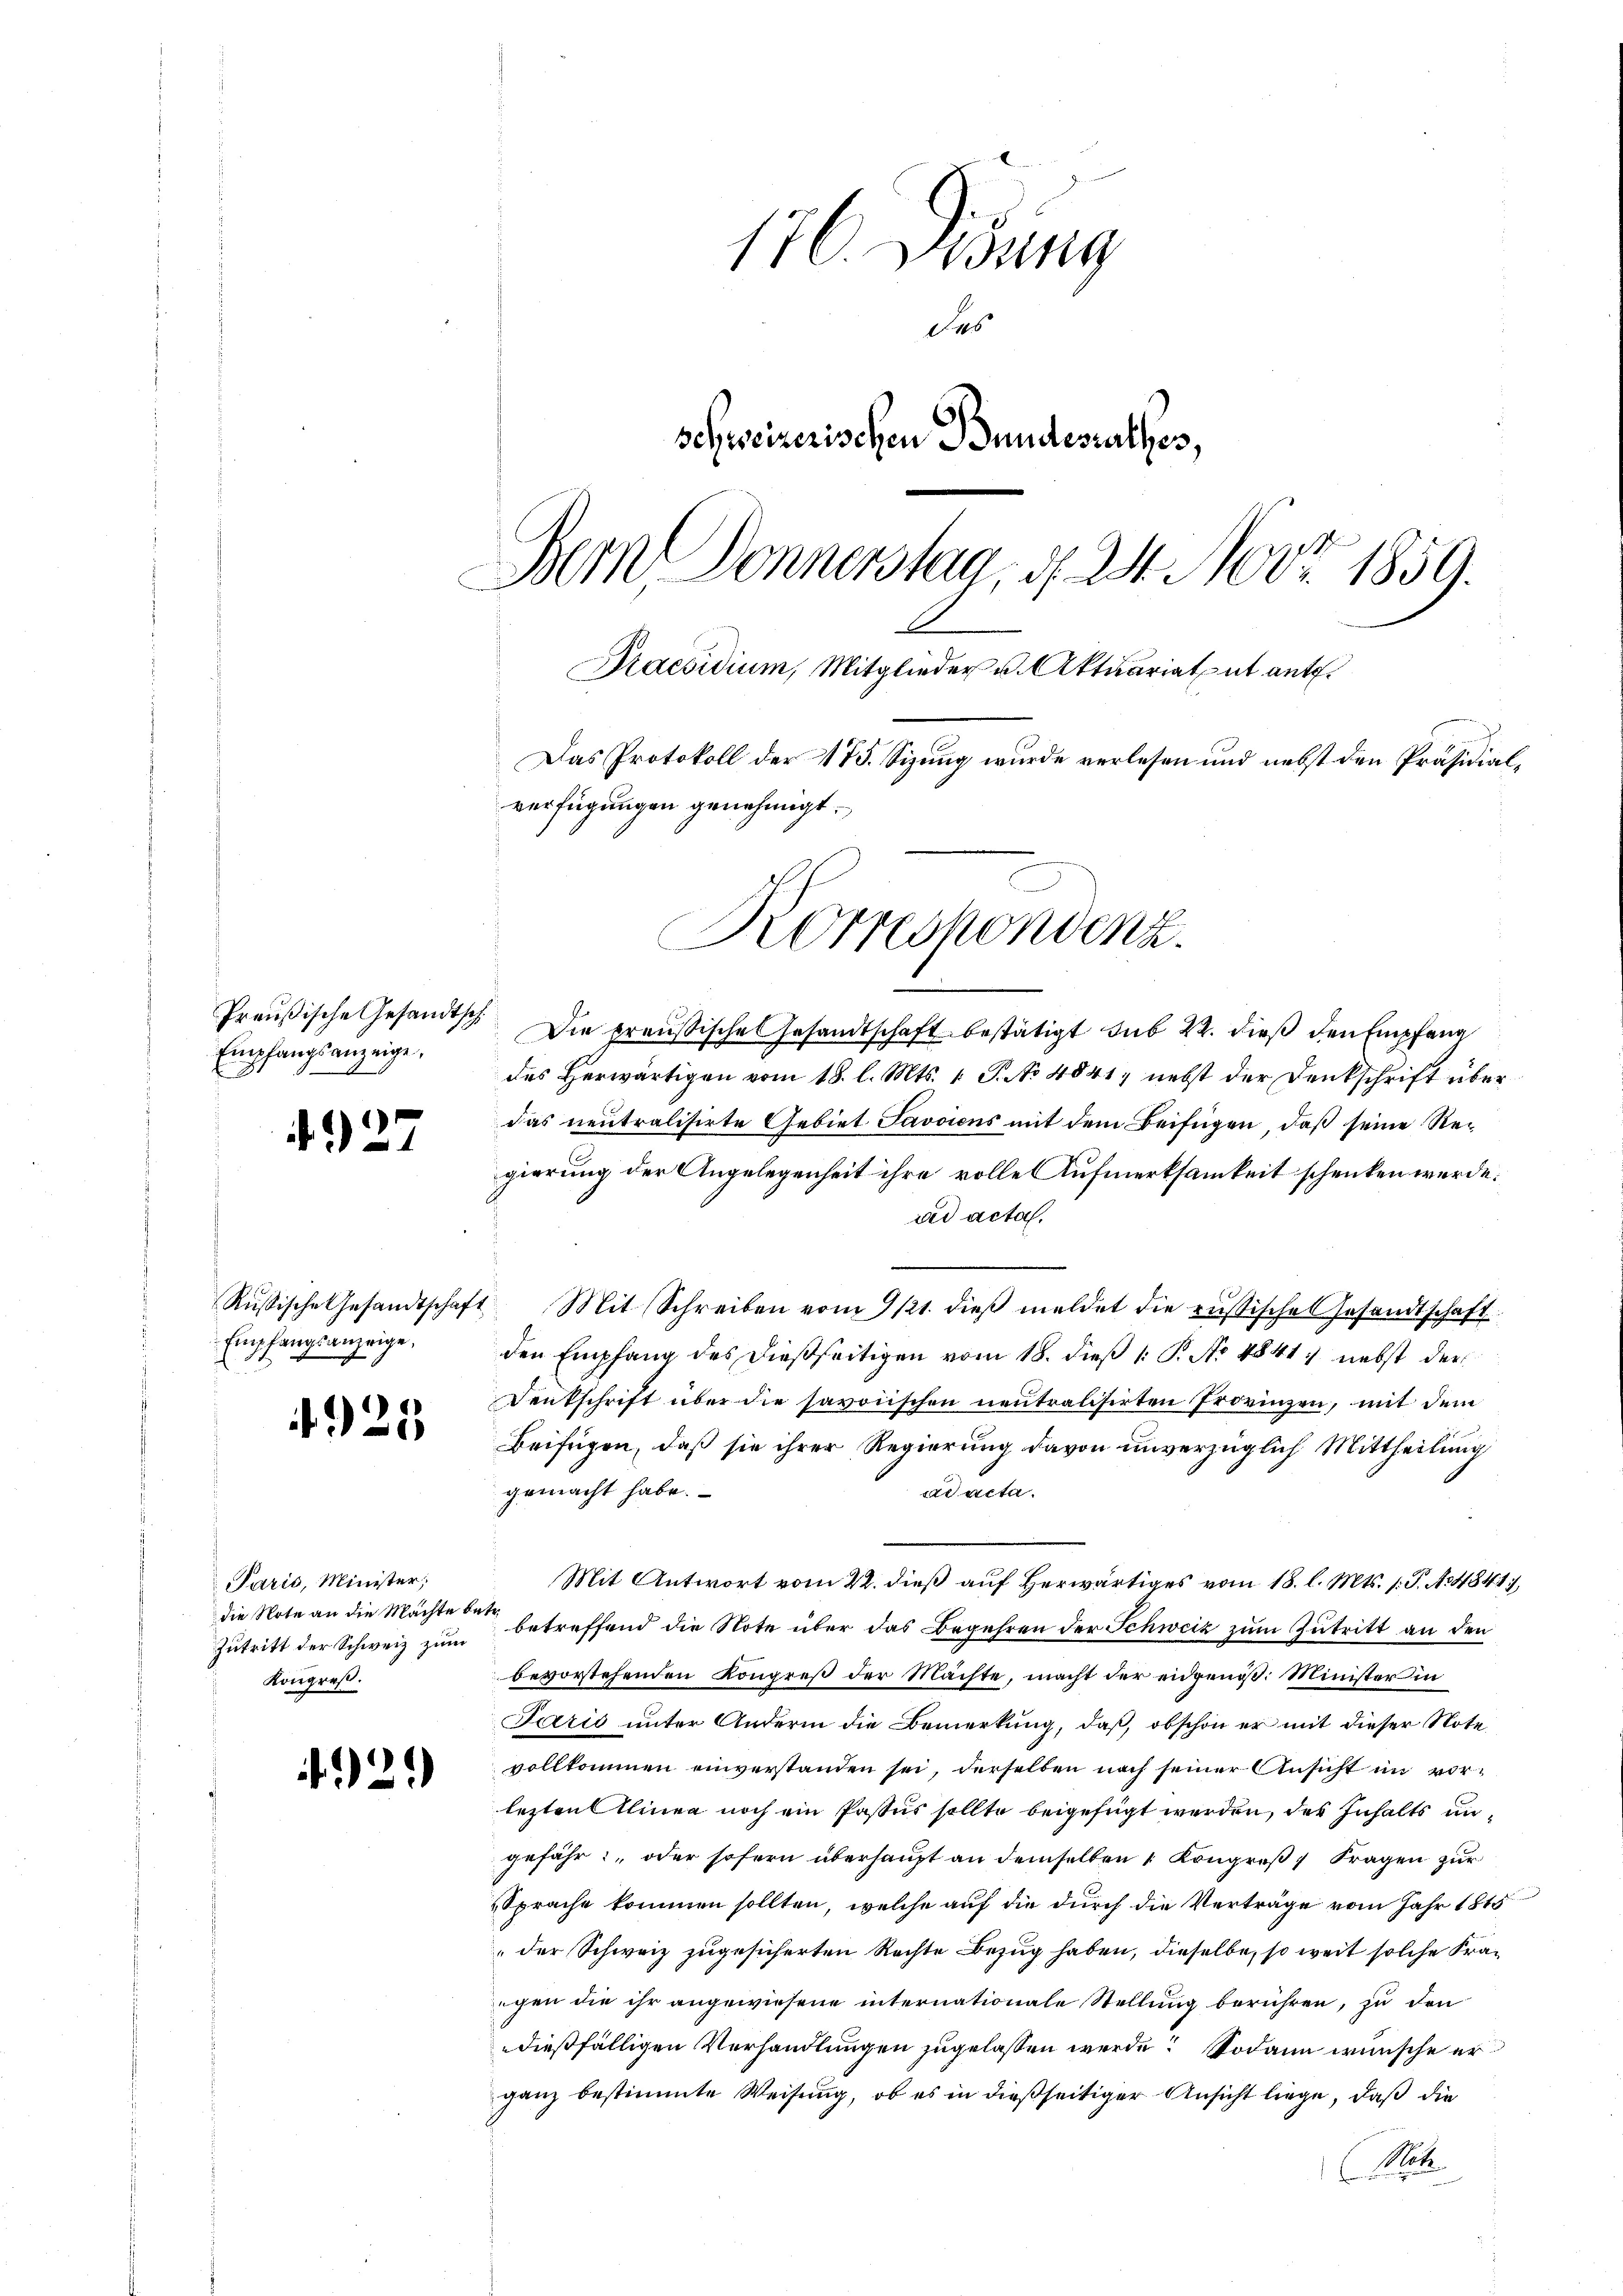
4927

Preußische Gesandtsch
Empfangsanzeige,

Empfangsanzeige,

925

Paris, Minister;
die Note an die Machte betr.
Zutritt der Schweiz zum
Kongreß.

.
42:

176. Diebung
das
schweizerischen Bundesrathes,
Bern Donnerstag, d. 24. Nr. 1859.
Praesidium, Mitglieder u. Aktuariatut ant.
Das Protokoll der 175. Sizung wurde verlesen und nebst den Präsidialverfügungen genehmigt.
Korrespondenz.

Die preußisches Gesandtschaft bestätigt sub 22. dieß den Empfang
des Herwärtigen vom 18. l. Mts. 1. P. No 4841, nebst der Denkschrift über
das neutralisirte Gebiet Javaiens mit dem Beifügen, daß seine Regierung der Angelegenheit ihre volle Aufmerksamkeit schenken werde.
ud acta.
Rŭsische Gesandtschaft Mit Schreiben vom 9/21. dieβ meldet die russisches Gesandtschaft
den Empfang des dießseitigen vom 18. dieß 1: P. No 4841. nebst der
Dentschrift über die savonischen neutralisirten Provinzen, mit dem
Beifügen, daß sie ihrer Regierung davon unverzüglich Mittheilung
gemacht habe.
aad acta.
Mit Antwort vom 22. dieß auf Herwärtiges vom 18. l. Mts. 1. P. No 48417,
betreffend die Note über das Begehren der Schweiz zum Zutritt an den
bevorstehenden Kongreß der Machte, macht der eidgenöß: Minister in
Jaris unter Andern die Bemerkung, daß, obschon er mit dieser Note
vollkommen einverstanden sei, derselben nach seiner Ansicht im vorlezten Alinea noch ein Pastus sollte beigefügt werden, des Inhalts ungefähr oder sofern überhaupt an demselben 1 Kongreß Fragen zur
Sprache kommen sollten, welche auf die durch die Verträge vom Jahr 1815
der Schweiz zugesicherten Rechte Bezug haben, dieselbe, so weit solche Fraegen die ihr angewiesene internationale Stellung berühren, zu den
dießfälligen Verhandlungen zugelassen werde. Sodann wünsche er
ganz bestimmte Weisung, ob es in dießseitiger Ansicht liege, daß die
(Not